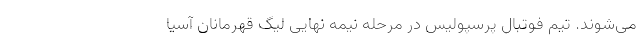
می‌شوند. تیم فوتبال پرسپولیس در مرحله نیمه نهایی لیگ قهرمانان آسیا